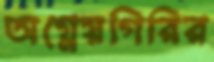
অগ্নেয়গিরির